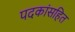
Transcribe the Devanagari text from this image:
पदकांसहित